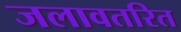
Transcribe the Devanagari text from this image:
जलावतरित